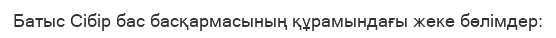
Батыс Сібір бас басқармасының құрамындағы жеке бөлімдер: